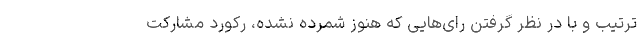
ترتیب و با در نظر گرفتن رای‌هایی که هنوز شمرده نشده، رکورد مشارکت